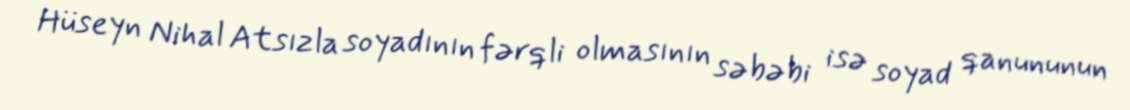
Hüseyn Nihal Atsızla soyadının fərqli olmasının səbəbi isə soyad qanununun